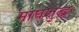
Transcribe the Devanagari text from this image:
माघशुद्ध